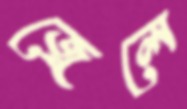
জ্বেলে